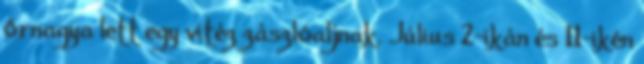
őrnagya lett egy vitéz zászlóaljnak. Július 2-ikán és 11-ikén